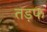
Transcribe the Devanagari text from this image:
तड़फ